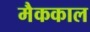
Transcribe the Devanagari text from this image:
मैककाल